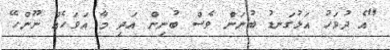
"އެ ދުވަހު އަޅުގަނޑު ބުނަން ވެސް ބުނިން އަދި މާ އަވަހެއް ނޫންހޭ